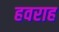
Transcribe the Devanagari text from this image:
हवराह